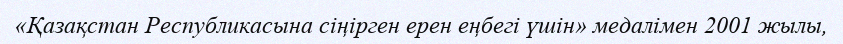
«Қазақстан Республикасына сіңірген ерен еңбегі үшін» медалімен 2001 жылы,